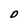
Character: D